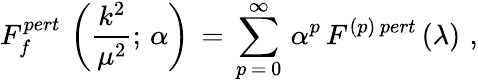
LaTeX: F_{f}^{pert}\, \left(\frac{k^{2}}{\mu^{2}};\, \alpha\right)\, =\, \sum_{p\, =\, 0}^{\infty}\, \alpha^{p}\, F^{(p)\, pert}\, (\lambda)\, \, ,